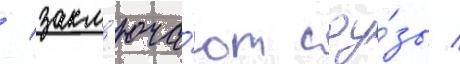
/ закл'юча́ют соу́зы /